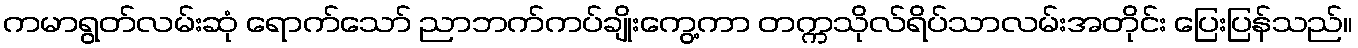
ကမာရွတ်လမ်းဆုံ ရောက်သော် ညာဘက်ကပ်ချိုးကွေ့ကာ တက္ကသိုလ်ရိပ်သာလမ်းအတိုင်း ပြေးပြန်သည်။